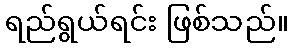
ရည်ရွယ်ရင်း ဖြစ်သည်။